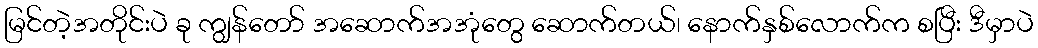
မြင်တဲ့အတိုင်းပဲ ခု ကျွန်တော် အဆောက်အအုံတွေ ဆောက်တယ်၊ နောက်နှစ်လောက်က စပြီး ဒီမှာပဲ